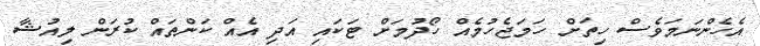
އެހެންނަމަވެސް ހިތަށް ހަމަޖެހުމެއް ހޯދުމަށް ޓަކައި އަދި އެއް ކަންތައް ކުރަން ލިއުޝާ